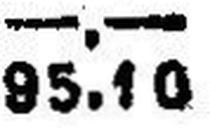
95.10